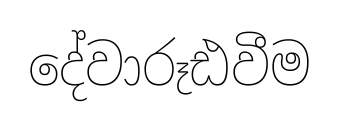
දේවාරූඪවීම